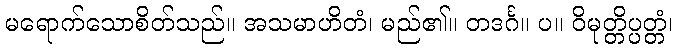
မရောက်သောစိတ်သည်။ အသမာဟိတံ၊ မည်၏။ တဒင်္ဂ။ ပ။ ဝိမုတ္တိပ္ပတ္တံ၊